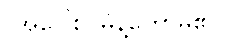
(အဝေါစ၊ မိန့်တော်မူ၏။)